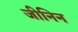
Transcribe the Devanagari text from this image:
जीनिन